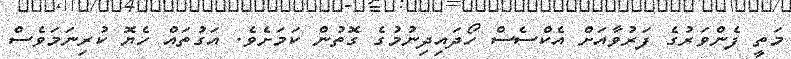
މަތީ ފެންވަރުގެ ފަރުވާއަށް އެކްސެސް ހޯދައިދިނުމުގެ ގޮތުން ކަމަށެވެ. އަގުތައް ހެޔޮ ކުރިނަމަވެސް